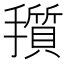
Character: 𪮽